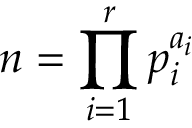
n = \prod _ { i = 1 } ^ { r } p _ { i } ^ { a _ { i } }